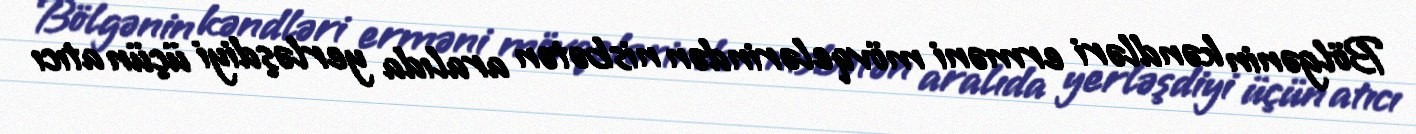
Bölgənin kəndləri erməni mövqelərindən nisbətən aralıda yerləşdiyi üçün atıcı